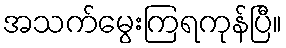
အသက်မွေးကြရကုန်ပြီ။